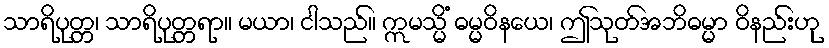
သာရိပုတ္တ၊ သာရိပုတ္တရာ။ မယာ၊ ငါသည်။ ဣမသ္မိံ ဓမ္မဝိနယေ၊ ဤသုတ်အဘိဓမ္မာ ဝိနည်းဟု